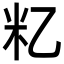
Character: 𬖋